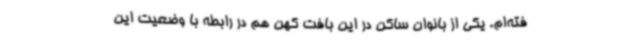
فته‌ام. یکی از بانوان ساکن در این بافت کهن هم در رابطه با وضعیت این